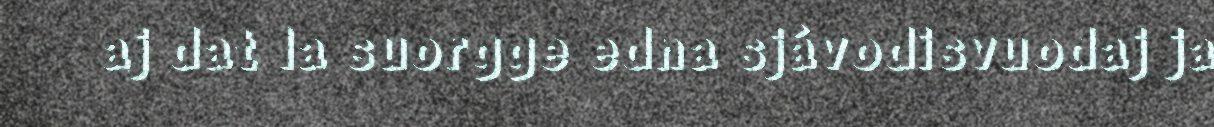
aj dat la suorgge edna sjávodisvuodaj ja